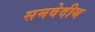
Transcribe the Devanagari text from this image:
समवेदीय